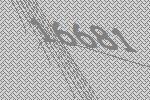
16681